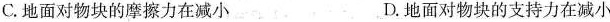
C.地面对物块的摩擦力在减小 D.地面对物块的支持力在减小